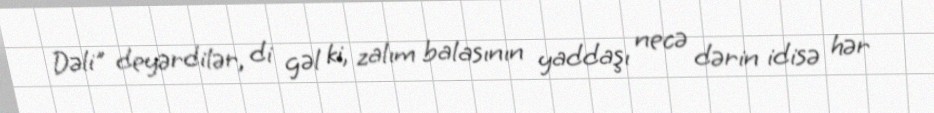
Dəli" deyərdilər, di gəl ki, zalım balasının yaddaşı necə dərin idisə hər